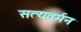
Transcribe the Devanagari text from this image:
सत्यवर्मन